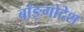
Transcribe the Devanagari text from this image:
बॉङ्गोदेश